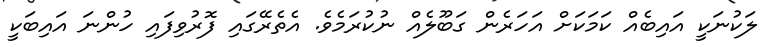
ލަކުނަކީ އައިބެއް ކަމަކަށް އަހަރެން ގަބޫލެއް ނުކުރަމެވެ. އެތެރޭގައި ފޮރުވިފައި ހުންނަ އައިބަކީ